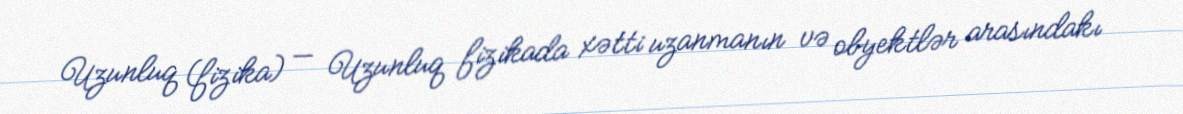
Uzunluq (fizika) — Uzunluq fizikada xətti uzanmanın və obyektlər arasındakı